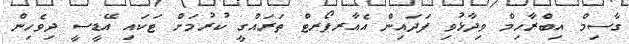
ގާސިމް އިބްރާހިމް ވިދާޅުވި ފަދައިން އެއާރޕޯރޓް ތަރައްގީ ކުރުމަށް ޓަކައި އޭޑީސީ ދިވެހިން